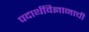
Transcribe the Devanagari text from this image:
पदार्थविज्ञानाची